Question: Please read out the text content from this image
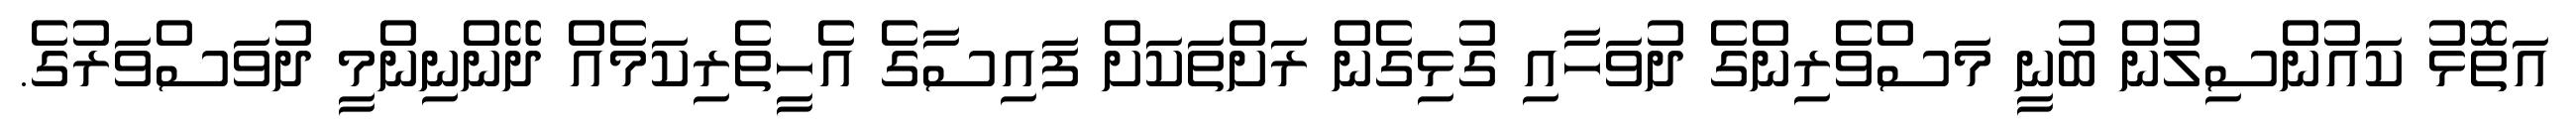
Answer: އަތޮޅު ކައުންސިލުން ބުނީ މަސްވެރިންގެ ދުވަހާއި ގުޅިގެން ރަށްތަކަށް ފައިސާގެ އެހީތެރިކަމެއް ދޭންނިންމީ ދުވަސްވަރުގެ.